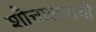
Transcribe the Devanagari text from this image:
शौचालयाची